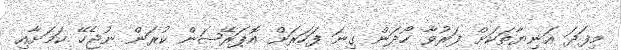
މިފަދަ އަނިޔާތަކަށް ފަރުވާ ހޯދަން ގިނަ ފަހަރަށް އޮޕަރޭޝަން ކުރަން ނުޖެހޭ ކަމަށާއި